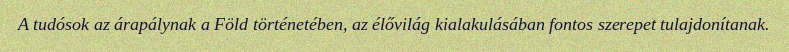
A tudósok az árapálynak a Föld történetében, az élővilág kialakulásában fontos szerepet tulajdonítanak.